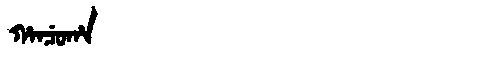
Manchu: ᡥᠠᠨᠴᡠᡥᠠ
Romanization: HANCUHA